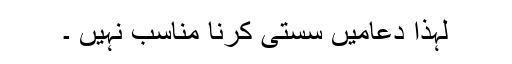
لہٰذا دُعامیں سُستی کرنا مُناسِب نہیں ۔